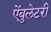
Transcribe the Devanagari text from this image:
ऐंबुलेटरी